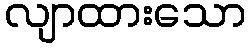
လျာထားသော